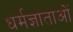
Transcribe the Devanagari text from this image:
धर्मज्ञाताओं